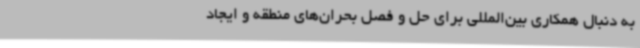
به دنبال همکاری بین‌المللی برای حل و فصل بحران‌های منطقه و ایجاد